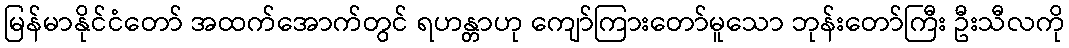
မြန်မာနိုင်ငံတော် အထက်အောက်တွင် ရဟန္တာဟု ကျော်ကြားတော်မူသော ဘုန်းတော်ကြီး ဦးသီလကို